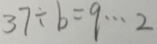
3 7 \div b = 9 \cdots 2